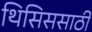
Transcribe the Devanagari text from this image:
थिसिससाठी